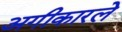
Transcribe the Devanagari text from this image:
अगीकारले